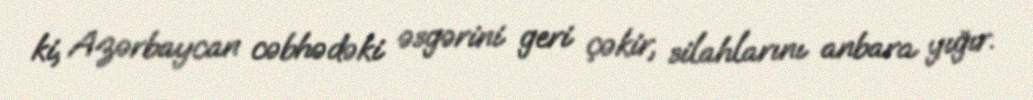
ki, Azərbaycan cəbhədəki əsgərini geri çəkir, silahlarını anbara yığır.